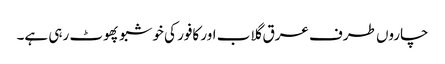
چاروں طرف عرق گلاب اور کافور کی خوشبو پھوٹ رہی ہے۔